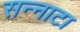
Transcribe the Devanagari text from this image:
सन्‍नाटा